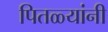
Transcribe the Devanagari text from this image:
पितळ्यांनी